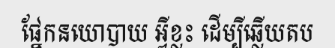
ផ្នែកនយោបាយ អ្វីខ្លះ ដើម្បីឆ្លើយតប